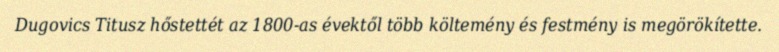
Dugovics Titusz hőstettét az 1800-as évektől több költemény és festmény is megörökítette.